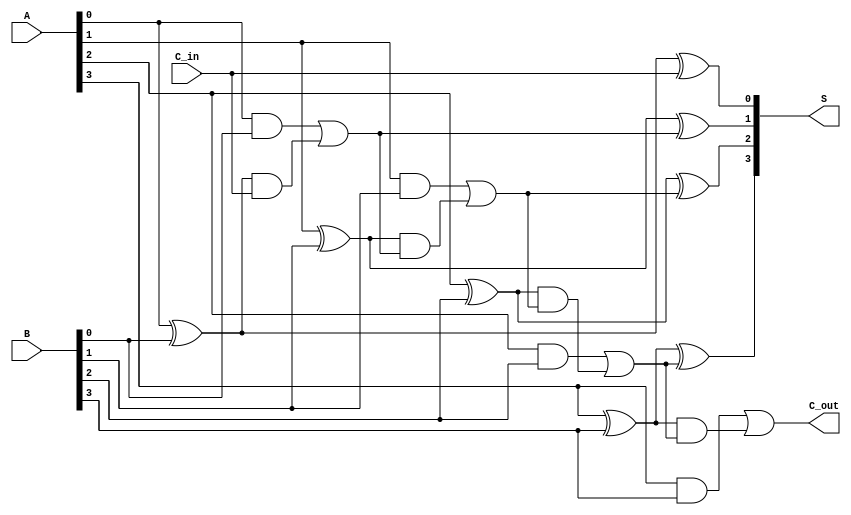
module LingAdder #(
    parameter n = 4 // You can change this to 8, 16, etc. for wider adders
) (
    input  [n-1:0] A,      // n-bit input A
    input  [n-1:0] B,      // n-bit input B
    input         C_in,     // Input carry
    output [n-1:0] S,      // n-bit sum output
    output        C_out     // Output carry
);

    wire [n:0] G; // Generate signals
    wire [n:0] P; // Propagate signals
    wire [n:0] C; // Carry signals

    // Generate and Propagate Logic
    genvar i;
    generate
        for (i = 0; i < n; i = i + 1) begin: gen_propagate
            assign G[i] = A[i] & B[i];          // Carry Generate
            assign P[i] = A[i] ^ B[i];          // Carry Propagate
        end
    endgenerate

    // Carry signals
    assign C[0] = C_in; // Initial carry is the input carry
    generate
        for (i = 0; i < n; i = i + 1) begin: carry_logic
            assign C[i + 1] = G[i] | (P[i] & C[i]);
        end
    endgenerate

    // Sum Calculation
    generate
        for (i = 0; i < n; i = i + 1) begin: sum_logic
            assign S[i] = P[i] ^ C[i]; // Sum = A XOR B XOR Carry
        end
    endgenerate

    // Final carry out
    assign C_out = C[n]; // The final carry out

endmodule